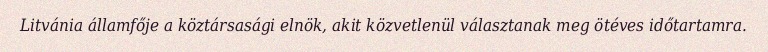
Litvánia államfője a köztársasági elnök, akit közvetlenül választanak meg ötéves időtartamra.